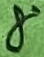
Text: 8